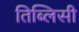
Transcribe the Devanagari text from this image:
तिब्लिसी